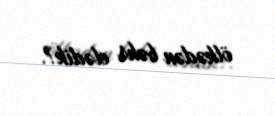
ölkədən bəhs elədik?.